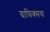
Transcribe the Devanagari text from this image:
ग्राफिक्सचा